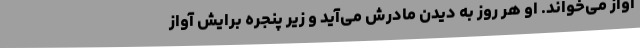
آواز می‌خواند. او هر روز به دیدن مادرش می‌آید و زیر پنجره برایش آواز